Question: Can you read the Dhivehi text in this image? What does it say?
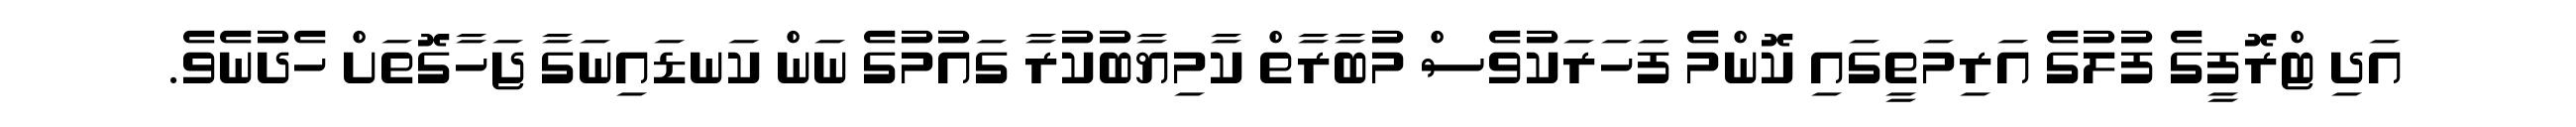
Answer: އަދި ޓްރޮފީގެ ފުލުގެ އަރިމަތީގައި ކޮންމެ ފަހަރަކުވެސް މުބާރާތް ކާމިޔާބުކުރާ ގައުމުގެ ނަން ކަނޑައިނަގާ ޖަހާގޮތަށް ހެދުނެވެ.